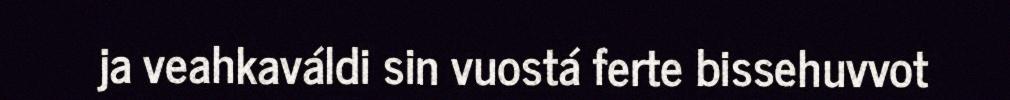
ja veahkaváldi sin vuostá ferte bissehuvvot